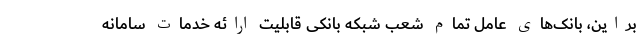
براین، بانک‌های عامل تمام شعب شبکه بانکی قابلیت ارائه خدمات سامانه